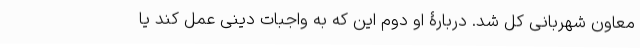
معاون شهربانی کل شد. دربارۀ او دوم این که به واجبات دینی عمل کند یا